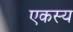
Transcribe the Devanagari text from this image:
एकस्य